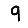
Digit: 9